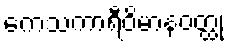
ကေသကာရီဝိမာနဝတ္ထု